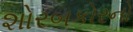
શોરબકોરનો